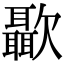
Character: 㱌